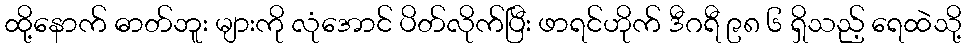
ထို့နောက် ဓာတ်ဘူး များကို လုံအောင် ပိတ်လိုက်ပြီး ဖာရင်ဟိုက် ဒီဂရီ ၉၈ ၆ ရှိသည့် ရေထဲသို့